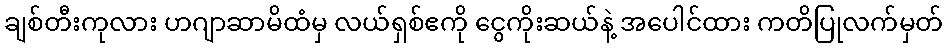
ချစ်တီးကုလား ဟဂျာဆာမိထံမှ လယ်ရှစ်ဧကို ငွေကိုးဆယ်နဲ့ အပေါင်ထား ကတိပြုလက်မှတ်